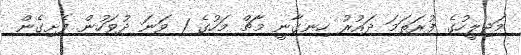
މަޖިލީހުގެ ފުރަތަމަ ދައުރު ހިނގާނީ މާޗް މަހުގެ 1 ވަނަ ދުވަހުން ފެށިގެން